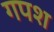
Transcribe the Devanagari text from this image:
गपश